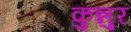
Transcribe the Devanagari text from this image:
कुन्नुर